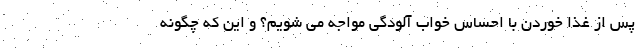
پس از غذا خوردن با احساس خواب آلودگی مواجه می شویم؟ و این که چگونه